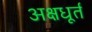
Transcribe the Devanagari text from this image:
अक्षधूर्त